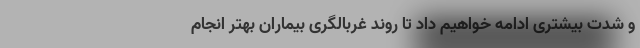
و شدت بیشتری ادامه خواهیم داد تا روند غربالگری بیماران بهتر انجام